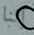
إثنا